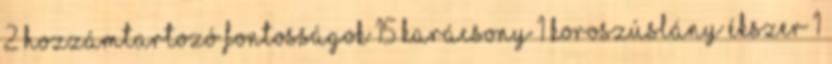
2 Hozzámtartozó fontosságok 15 karácsony 1 Koroszúslány ékszer 1